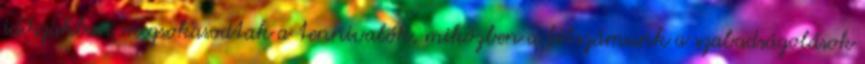
időszakban megsokasodtak a tennivalók, miközben a létszámunk a szabadságolások